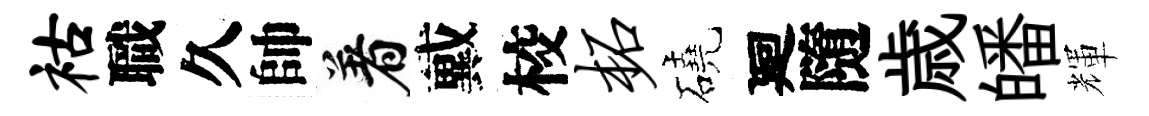
祜職久帥着戴校柘磽廻隨歳皤輝